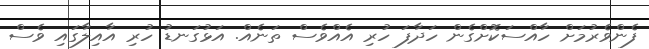
ފެންވެރުމަށް ހާއްސަކޮށްގެން ހަދާފަ ހުރި އެއްވެސް ތަނެއް. އަޅުގަނޑު ހުރި އާއިލާގައި ވެސް